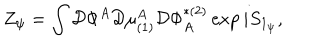
LaTeX: Z _ { \psi } = \int { \cal D } \Phi ^ { A } { \cal D } \mu _ { ( 1 ) } ^ { A } { \cal D } \Phi _ { A } ^ { * ( 2 ) } \exp i S _ { 1 _ { \psi } } ,